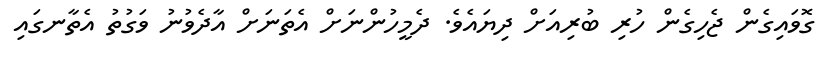
ގޮވައިގެން ޖެހިގެން ހުރި ބުރިއަށް ދިޔައެވެ. ދެމީހުންނަށް އެތަނަށް އާދެވުނު ވަގުތު އެތާނގައި